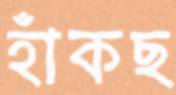
হাঁকছ